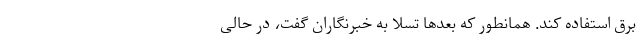
برق استفاده کند. همانطور که بعد‌ها تسلا به خبرنگاران گفت، در حالی